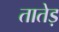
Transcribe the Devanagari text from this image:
तातेड़